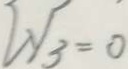
2 y _ { 3 } = 0